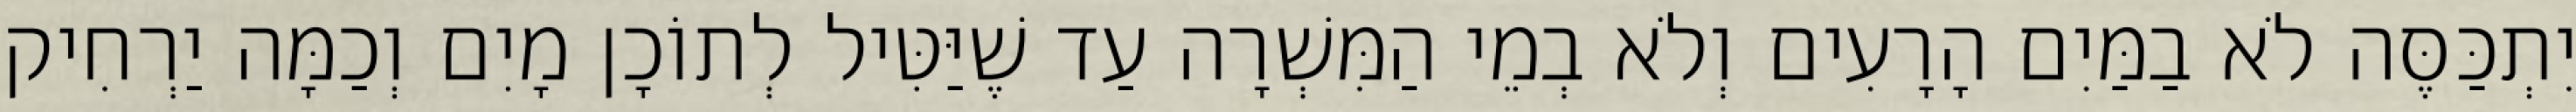
יִתְכַּסֶּה לֹא בַמַּיִם הָרָעִים וְלֹא בְמֵי הַמִּשְׁרָה עַד שֶׁיַּטִּיל לְתוֹכָן מָיִם וְכַמָּה יַרְחִיק